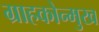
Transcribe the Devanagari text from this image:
ग्राहकोन्मुख